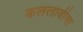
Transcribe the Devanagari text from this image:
कललावीचा